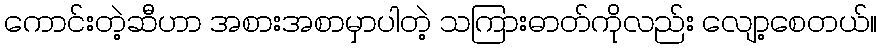
ကောင်းတဲ့ဆီဟာ အစားအစာမှာပါတဲ့ သကြားဓာတ်ကိုလည်း လျော့စေတယ်။